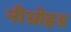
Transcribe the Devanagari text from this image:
नीग्रोइड